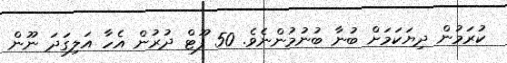
ކުރަމުން ދިޔަކަމަށް ބުނާ ބުނުމުންނެވެ. 50 ފޫޓް ދުރުން އެހާ އަލިގަދަ ނޫން